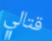
قتالي